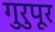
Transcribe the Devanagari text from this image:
गुरुपूर